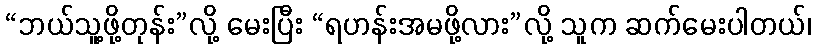
“ဘယ်သူ့ဖို့တုန်း”လို့ မေးပြီး “ရဟန်းအမဖို့လား”လို့ သူက ဆက်မေးပါတယ်၊